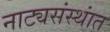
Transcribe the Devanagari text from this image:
नाट्यसंस्थांत